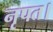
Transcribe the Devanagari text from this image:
नृपत।